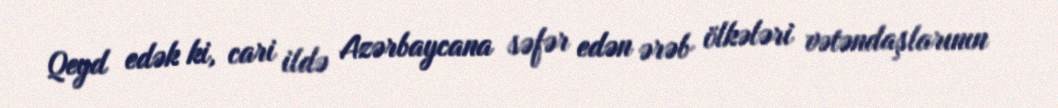
Qeyd edək ki, cari ildə Azərbaycana səfər edən ərəb ölkələri vətəndaşlarının